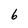
Character: 6